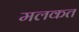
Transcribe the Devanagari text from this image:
मलकत